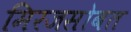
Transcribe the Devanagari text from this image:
मिरजसोबत